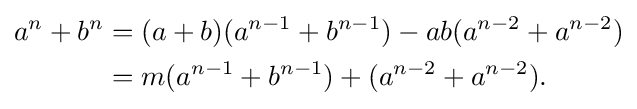
{\begin{aligned}a^{n}+b^{n}&=(a+b)(a^{n-1}+b^{n-1})-ab(a^{n-2}+a^{n-2})\\&=m(a^{n-1}+b^{n-1})+(a^{n-2}+a^{n-2}).\end{aligned}}